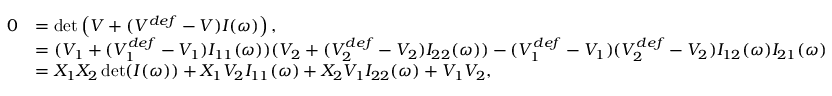
\begin{array} { r l } { 0 } & { = \operatorname* { d e t } \left( V + ( V ^ { d e f } - V ) I ( \omega ) \right) , } \\ & { = ( V _ { 1 } + ( V _ { 1 } ^ { d e f } - V _ { 1 } ) I _ { 1 1 } ( \omega ) ) ( V _ { 2 } + ( V _ { 2 } ^ { d e f } - V _ { 2 } ) I _ { 2 2 } ( \omega ) ) - ( V _ { 1 } ^ { d e f } - V _ { 1 } ) ( V _ { 2 } ^ { d e f } - V _ { 2 } ) I _ { 1 2 } ( \omega ) I _ { 2 1 } ( \omega ) } \\ & { = X _ { 1 } X _ { 2 } \operatorname* { d e t } ( I ( \omega ) ) + X _ { 1 } V _ { 2 } I _ { 1 1 } ( \omega ) + X _ { 2 } V _ { 1 } I _ { 2 2 } ( \omega ) + V _ { 1 } V _ { 2 } , } \end{array}